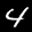
Label: 4